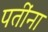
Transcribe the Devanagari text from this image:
पतींना